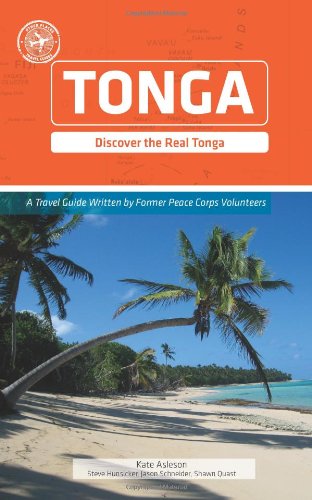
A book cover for Tonga (Other Places Travel Guide) (Other Places Travel Guides); Kate Asleson; Travel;